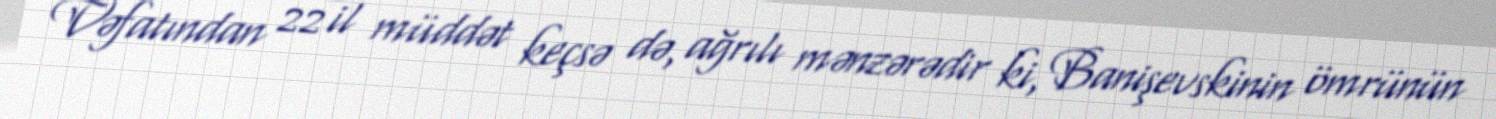
Vəfatından 22 il müddət keçsə də, ağrılı mənzərədir ki, Banişevskinin ömrünün